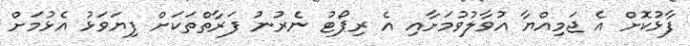
ފާޅުކޮށް އެ ޖަމިއްޔާ އުވާލުވުމަށާއި އެ ރިޕޯޓު ނެރުނު ފަރާތްތަކަށް ފިޔަވަޅު އެޅުމަށް